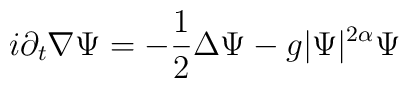
i\partial _t\nabla\Psi =-\frac 12\Delta \Psi -g|\Psi |^{2\alpha }\Psi